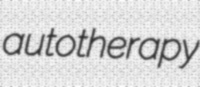
autotherapy